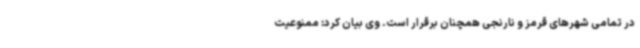
در تمامی شهرهای قرمز و نارنجی همچنان برقرار است. وی بیان کرد: ممنوعیت